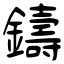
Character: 鑄